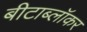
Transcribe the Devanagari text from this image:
बीटाब्लॉकर